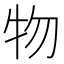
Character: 物